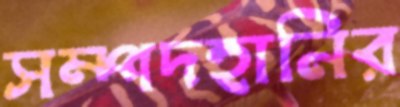
সম্পদহানির